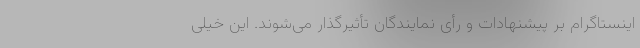
اینستاگرام بر پیشنهادات و رأی نمایندگان تأثیرگذار می‌شوند. این خیلی